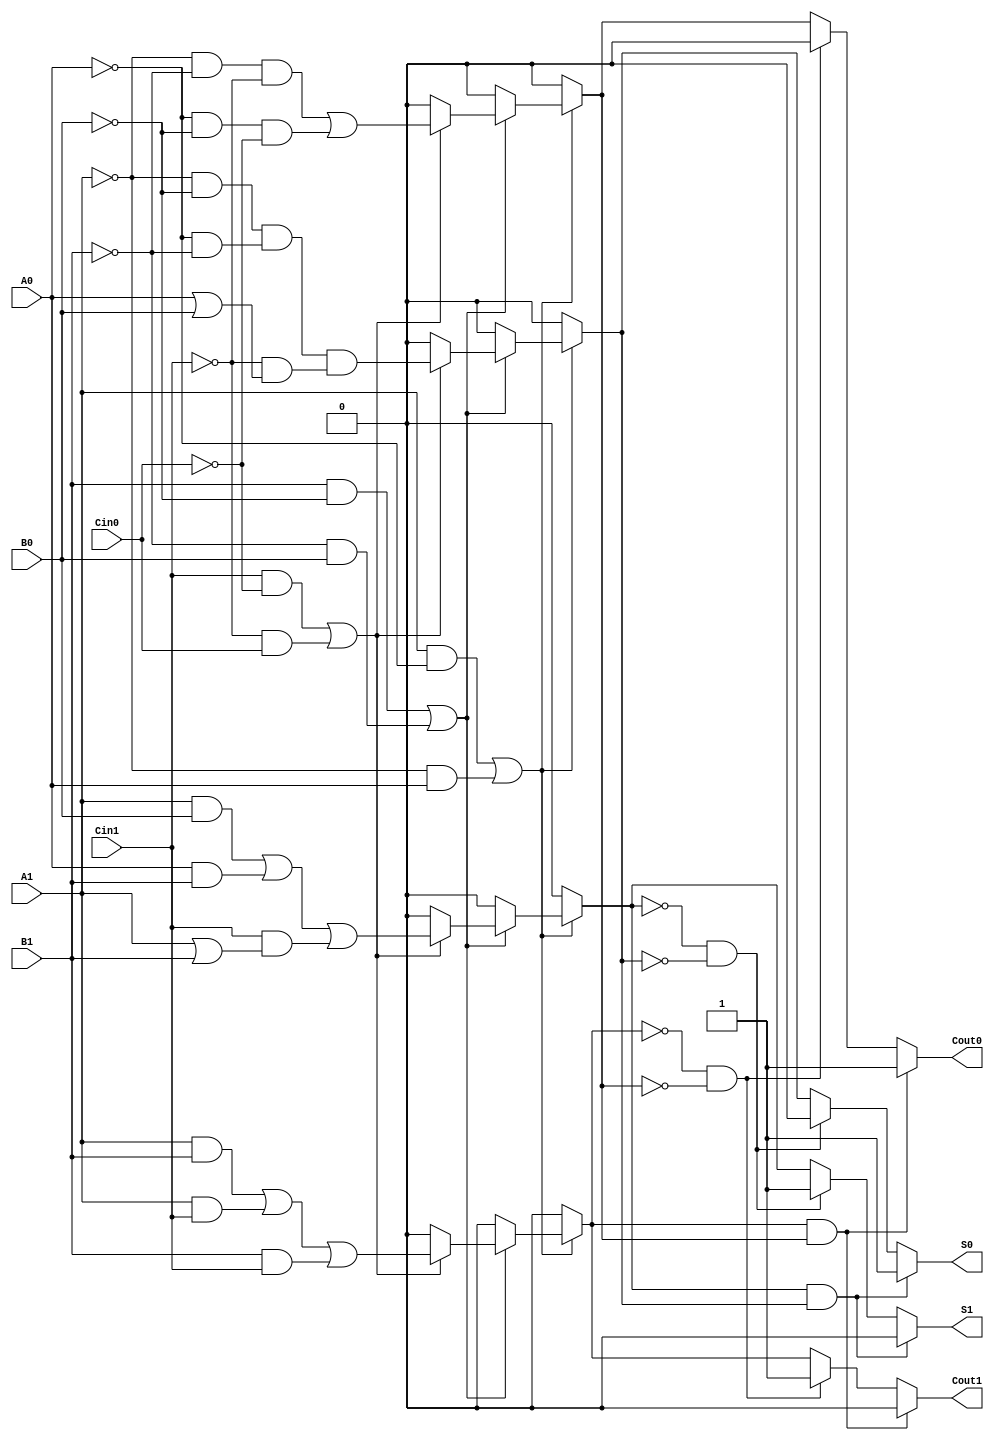
module dual_rail_full_adder (
    input wire A1, A0,  // Dual-rail representation of input A
    input wire B1, B0,  // Dual-rail representation of input B
    input wire Cin1, Cin0, // Dual-rail representation of carry input Cin
    output reg S1, S0,  // Dual-rail representation of sum output S
    output reg Cout1, Cout0 // Dual-rail representation of carry output Cout
);

    always @(*) begin
        // Initialize outputs to invalid states
        S1 = 1'b0; S0 = 1'b0;
        Cout1 = 1'b0; Cout0 = 1'b0;

        // Check for valid inputs
        if ((A1 && !A0) || (!A1 && A0)) begin // Valid A
            if ((B1 && !B0) || (!B1 && B0)) begin // Valid B
                if ((Cin1 && !Cin0) || (!Cin1 && Cin0)) begin // Valid Cin
                    // Compute sum S
                    S1 = (A1 && B0) || (A0 && B1) || (Cin1 && (A1 || B1));
                    S0 = (!A1 && !B0) && (!A0 && !B1) && (!Cin1 && (A0 || B0));

                    // Compute carry Cout
                    Cout1 = (A1 && B1) || (A1 && Cin1) || (B1 && Cin1);
                    Cout0 = (!A1 && !B1 && !Cin1) || (!A0 && !B0 && !Cin0);
                end
            end
        end

        // Ensure outputs are valid dual-rail states
        if (S1 && S0) begin
            S1 = 1'b0; S0 = 1'b1; // Invalid state, set to S = 0
        end else if (!S1 && !S0) begin
            S1 = 1'b1; S0 = 1'b0; // Invalid state, set to S = 1
        end

        if (Cout1 && Cout0) begin
            Cout1 = 1'b0; Cout0 = 1'b1; // Invalid state, set to Cout = 0
        end else if (!Cout1 && !Cout0) begin
            Cout1 = 1'b1; Cout0 = 1'b0; // Invalid state, set to Cout = 1
        end
    end

endmodule